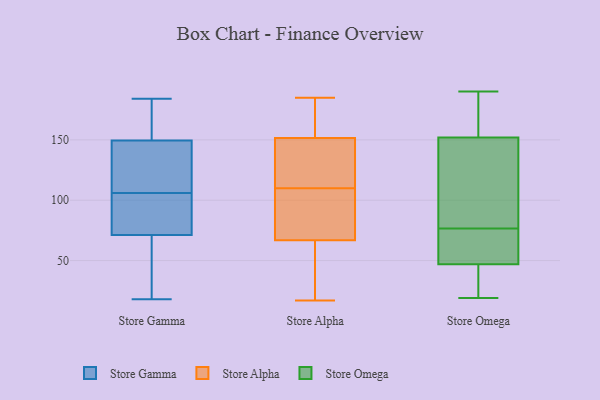
{"axis": {"x": "Satisfaction Score", "y": "Value"}, "legend": ["Store Alpha", "Store Gamma", "Store Omega"], "data": [{"x": "", "y": 120, "type": "Store Gamma"}, {"x": "", "y": 25, "type": "Store Gamma"}, {"x": "", "y": 104, "type": "Store Gamma"}, {"x": "", "y": 182, "type": "Store Gamma"}, {"x": "", "y": 116, "type": "Store Gamma"}, {"x": "", "y": 184, "type": "Store Gamma"}, {"x": "", "y": 48, "type": "Store Gamma"}, {"x": "", "y": 156, "type": "Store Gamma"}, {"x": "", "y": 79, "type": "Store Gamma"}, {"x": "", "y": 84, "type": "Store Gamma"}, {"x": "", "y": 100, "type": "Store Gamma"}, {"x": "", "y": 149, "type": "Store Gamma"}, {"x": "", "y": 30, "type": "Store Gamma"}, {"x": "", "y": 18, "type": "Store Gamma"}, {"x": "", "y": 151, "type": "Store Gamma"}, {"x": "", "y": 106, "type": "Store Gamma"}, {"x": "", "y": 128, "type": "Store Gamma"}, {"x": "", "y": 74, "type": "Store Alpha"}, {"x": "", "y": 99, "type": "Store Alpha"}, {"x": "", "y": 144, "type": "Store Alpha"}, {"x": "", "y": 174, "type": "Store Alpha"}, {"x": "", "y": 178, "type": "Store Alpha"}, {"x": "", "y": 185, "type": "Store Alpha"}, {"x": "", "y": 113, "type": "Store Alpha"}, {"x": "", "y": 108, "type": "Store Alpha"}, {"x": "", "y": 110, "type": "Store Alpha"}, {"x": "", "y": 37, "type": "Store Alpha"}, {"x": "", "y": 17, "type": "Store Alpha"}, {"x": "", "y": 132, "type": "Store Alpha"}, {"x": "", "y": 45, "type": "Store Alpha"}, {"x": "", "y": 47, "type": "Store Omega"}, {"x": "", "y": 41, "type": "Store Omega"}, {"x": "", "y": 59, "type": "Store Omega"}, {"x": "", "y": 152, "type": "Store Omega"}, {"x": "", "y": 66, "type": "Store Omega"}, {"x": "", "y": 190, "type": "Store Omega"}, {"x": "", "y": 26, "type": "Store Omega"}, {"x": "", "y": 133, "type": "Store Omega"}, {"x": "", "y": 164, "type": "Store Omega"}, {"x": "", "y": 19, "type": "Store Omega"}, {"x": "", "y": 47, "type": "Store Omega"}, {"x": "", "y": 87, "type": "Store Omega"}, {"x": "", "y": 109, "type": "Store Omega"}, {"x": "", "y": 179, "type": "Store Omega"}]}